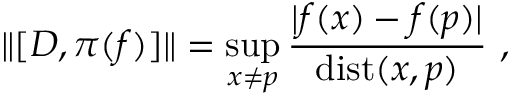
\| [ D , \pi ( f ) ] \| = \operatorname * { s u p } _ { x \neq p } \frac { | f ( x ) - f ( p ) | } { \mathrm { d i s t } ( x , p ) } ~ ,